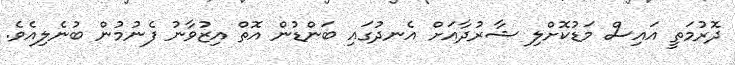
ދޮރުމަތީ އައިސް މަޑުކޮށްލި ޝާރުދާއަށް އެނދުގައި ބަންޑުން އޮތް އިޒުވާނު ފެނުމުން ބުނެލިއެވެ.